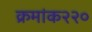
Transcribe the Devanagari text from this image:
क्रमांक२२०